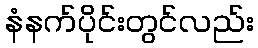
နံနက်ပိုင်းတွင်လည်း